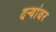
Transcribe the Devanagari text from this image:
दऱ्यांवर